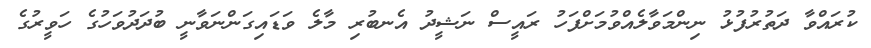
ކުރައްވާ ދަތުރުފުޅު ނިންމަވާލެއްވުމަށްފަހު ރައީސް ނަޝީދު އެނބުރި މާލެ ވަޑައިގަންނަވާނީ ބުދަދުވަހުގެ ހަވީރުގެ